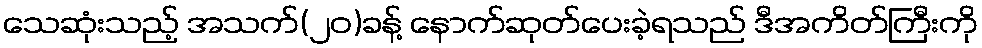
သေဆုံးသည့် အသက်(၂၀)ခန့် နောက်ဆုတ်ပေးခဲ့ရသည် ဒီအကိတ်ကြီးကို